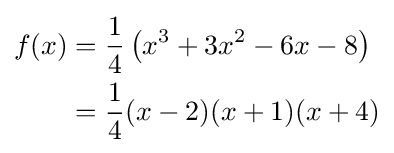
{\begin{aligned}f(x)&={\frac {1}{4}}\left(x^{3}+3x^{2}-6x-8\right)\\&={\frac {1}{4}}(x-2)(x+1)(x+4)\end{aligned}}